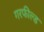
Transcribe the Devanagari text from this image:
गरफील्ड